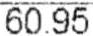
60.95